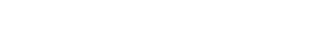
ဆင့်ဆင့်တက်ကြောင်း ဆက်ဖို့ကောင်းလည်း